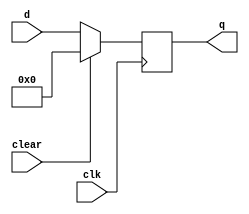
`timescale 1ns / 1ps
//////////////////////////////////////////////////////////////////////////////////
// Company: 
// Engineer: 
// 
// Design Name: 
// Module Name: PIPO
// Project Name: 
// Target Devices: 
// Tool Versions: 
// Description: 
// 
// Dependencies: 
// 
// Revision:
// Revision 0.01 - File Created
// Additional Comments:
// 
//////////////////////////////////////////////////////////////////////////////////


module PIPO(clk,clear,d,q);

input clk,clear;

output reg [3:0]  q;
input [3:0] d;


always @(posedge clk )
begin
if (clear)

q=  4'b0000;


else


q=d;
end


endmodule